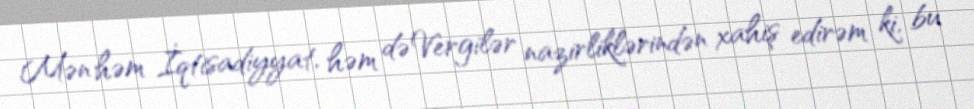
Mən həm İqtisadiyyat, həm də Vergilər nazirliklərindən xahiş edirəm ki, bu